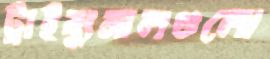
ট্রাইব্যুনালগুলো